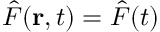
\hat { F } ( { \bf r } , t ) = \hat { F } ( t )